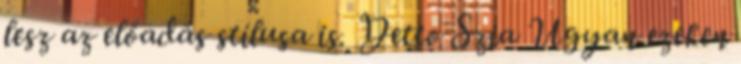
lesz az előadás stílusa is. Detto Szia Ugyan ezeken